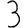
Digit: 3